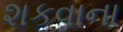
શકવાના